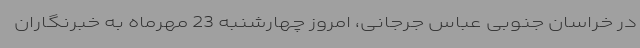
در خراسان جنوبی عباس جرجانی، امروز چهارشنبه 23 مهرماه به خبرنگاران